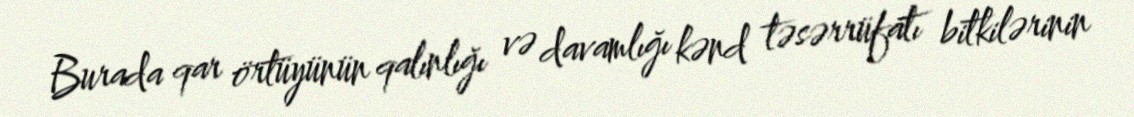
Burada qar örtüyünün qalınlığı və davamlığı kənd təsərrüfatı bitkilərinin